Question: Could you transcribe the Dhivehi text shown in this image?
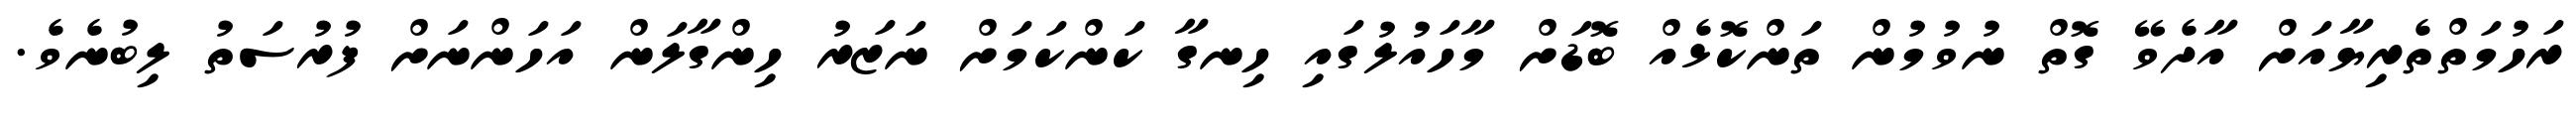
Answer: ރަހުމަތްތެރިޔާއަށް އާދެވޭ ގޮތް ނުވުމުން ތަންކޮޅެއް ބޮޑަށް މާހައުލުގައި ހިނގާ ކަންކަމަށް ނަޒަރު ހިންގާލަން އަހަންނަށް ފުރުސަތު ލިބުނެވެ.